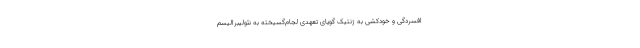
افسردگی و خودکشی به ژنتیک گویای تعهدی لجام‌گسیخته به نئولیبرالیسم